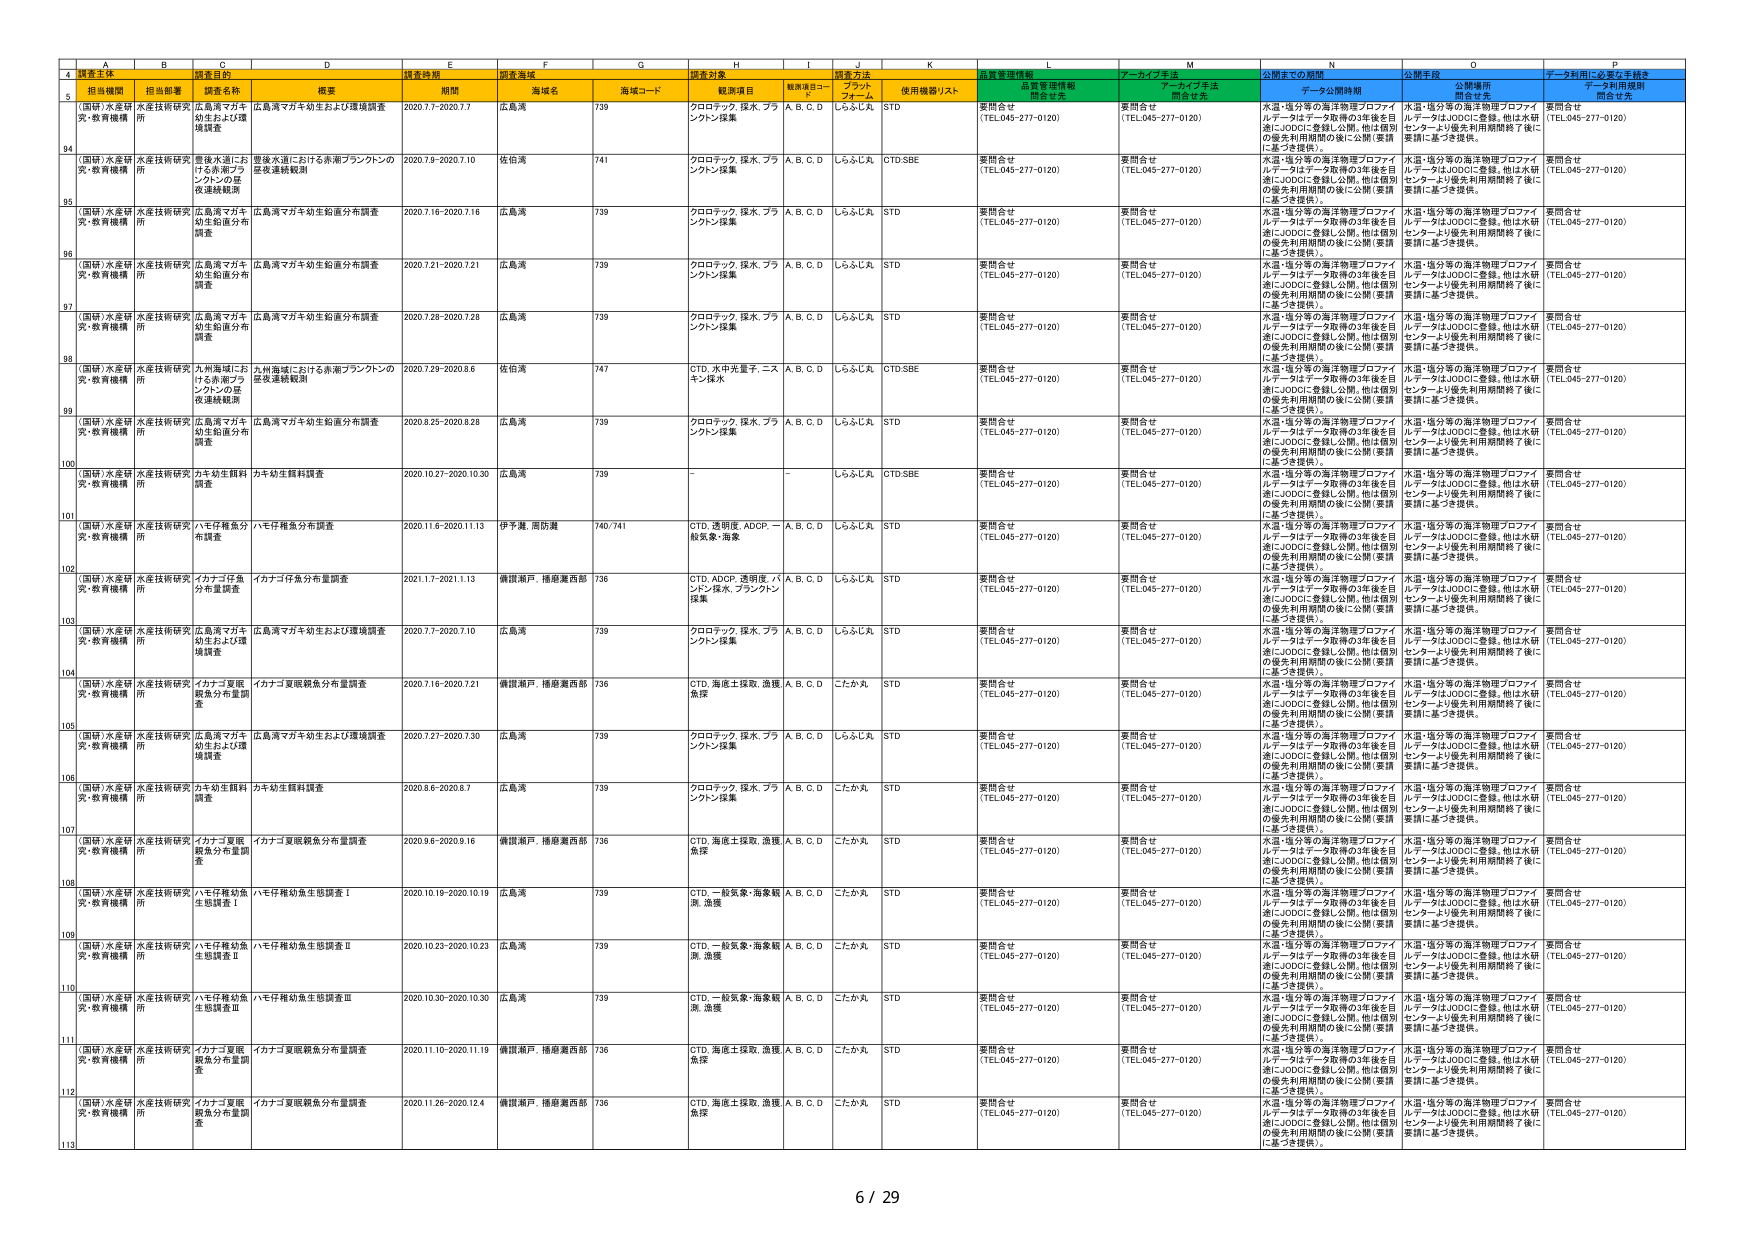
4 調査主体
5 担当機関 担当部署 調査名称 概要 調査期間 調査海域 海域名 海域コード 調査対象 観測項目 観測項目コード 調査方法 プラットフォーム 使用機器/リスト 品質管理情報開示有無 アーカイブ手法 アーカイブ手法開示有無 公開までの期間 公開手段 データ利用に必要な手続き
94 （国研）水産研 究・教育機構 水産技術研究所 広島湾マガキ 幼生および環境調査 広島湾マガキ幼生および環境調査 2020.7.7-2020.7.7 広島湾 739 クロロテック、採水、プラシントン採集 A、B、C、D しらふしんA STD 要問合せ （TEL.045-277-0120） 要問合せ （TEL.045-277-0120） 水温・塩分等の海洋物理プロファイ ルデータはデータ取得の3年後を目 指しJODCに登録し公開。他は個別 の優先利用期間の後に公開（要請 に基づき提供）。 水温・塩分等の海洋物理プロファイ ルデータはJODCに登録。他は水研 センターより優先利用期間終了後に 要請に基づき提供。 要問合せ （TEL.045-277-0120）
95 （国研）水産研 究・教育機構 水産技術研究所 里塩水道における赤潮プランクトンの 発生連続観測 里塩水道における赤潮プランクトンの 発生連続観測 2020.7.9-2020.7.10 佐伯湾 741 クロロテック、採水、プラシントン採集 A、B、C、D しらふしんA CTD.SBE 要問合せ （TEL.045-277-0120） 要問合せ （TEL.045-277-0120） 水温・塩分等の海洋物理プロファイ ルデータはデータ取得の3年後を目 指しJODCに登録し公開。他は個別 の優先利用期間の後に公開（要請 に基づき提供）。 水温・塩分等の海洋物理プロファイ ルデータはJODCに登録。他は水研 センターより優先利用期間終了後に 要請に基づき提供。 要問合せ （TEL.045-277-0120）
96 （国研）水産研 究・教育機構 水産技術研究所 広島湾マガキ 幼生鉛直分布 調査 広島湾マガキ幼生鉛直分布調査 2020.7.16-2020.7.16 広島湾 739 クロロテック、採水、プラシントン採集 A、B、C、D しらふしんA STD 要問合せ （TEL.045-277-0120） 要問合せ （TEL.045-277-0120） 水温・塩分等の海洋物理プロファイ ルデータはデータ取得の3年後を目 指しJODCに登録し公開。他は個別 の優先利用期間の後に公開（要請 に基づき提供）。 水温・塩分等の海洋物理プロファイ ルデータはJODCに登録。他は水研 センターより優先利用期間終了後に 要請に基づき提供。 要問合せ （TEL.045-277-0120）
97 （国研）水産研 究・教育機構 水産技術研究所 広島湾マガキ 幼生鉛直分布 調査 広島湾マガキ幼生鉛直分布調査 2020.7.21-2020.7.21 広島湾 739 クロロテック、採水、プラシントン採集 A、B、C、D しらふしんA STD 要問合せ （TEL.045-277-0120） 要問合せ （TEL.045-277-0120） 水温・塩分等の海洋物理プロファイ ルデータはデータ取得の3年後を目 指しJODCに登録し公開。他は個別 の優先利用期間の後に公開（要請 に基づき提供）。 水温・塩分等の海洋物理プロファイ ルデータはJODCに登録。他は水研 センターより優先利用期間終了後に 要請に基づき提供。 要問合せ （TEL.045-277-0120）
98 （国研）水産研 究・教育機構 水産技術研究所 広島湾マガキ 幼生鉛直分布 調査 広島湾マガキ幼生鉛直分布調査 2020.7.28-2020.7.28 広島湾 739 クロロテック、採水、プラシントン採集 A、B、C、D しらふしんA STD 要問合せ （TEL.045-277-0120） 要問合せ （TEL.045-277-0120） 水温・塩分等の海洋物理プロファイ ルデータはデータ取得の3年後を目 指しJODCに登録し公開。他は個別 の優先利用期間の後に公開（要請 に基づき提供）。 水温・塩分等の海洋物理プロファイ ルデータはJODCに登録。他は水研 センターより優先利用期間終了後に 要請に基づき提供。 要問合せ （TEL.045-277-0120）
99 （国研）水産研 究・教育機構 水産技術研究所 九州海域にお ける赤潮プラ ンクトンの発 生連続観測 九州海域における赤潮プランクトンの 発生連続観測 2020.7.29-2020.8.6 佐伯湾 747 CTD、水中光量子、ニス キ、採水 A、B、C、D しらふしんA CTD.SBE 要問合せ （TEL.045-277-0120） 要問合せ （TEL.045-277-0120） 水温・塩分等の海洋物理プロファイ ルデータはデータ取得の3年後を目 指しJODCに登録し公開。他は個別 の優先利用期間の後に公開（要請 に基づき提供）。 水温・塩分等の海洋物理プロファイ ルデータはJODCに登録。他は水研 センターより優先利用期間終了後に 要請に基づき提供。 要問合せ （TEL.045-277-0120）
100 （国研）水産研 究・教育機構 水産技術研究所 広島湾マガキ 幼生鉛直分布 調査 広島湾マガキ幼生鉛直分布調査 2020.8.25-2020.8.28 広島湾 739 クロロテック、採水、プラシントン採集 A、B、C、D しらふしんA STD 要問合せ （TEL.045-277-0120） 要問合せ （TEL.045-277-0120） 水温・塩分等の海洋物理プロファイ ルデータはデータ取得の3年後を目 指しJODCに登録し公開。他は個別 の優先利用期間の後に公開（要請 に基づき提供）。 水温・塩分等の海洋物理プロファイ ルデータはJODCに登録。他は水研 センターより優先利用期間終了後に 要請に基づき提供。 要問合せ （TEL.045-277-0120）
101 （国研）水産研 究・教育機構 水産技術研究所 カキ幼生餌料 調査 カキ幼生餌料調査 2020.10.27-2020.10.30 広島湾 739 - - しらふしんA CTD.SBE 要問合せ （TEL.045-277-0120） 要問合せ （TEL.045-277-0120） 水温・塩分等の海洋物理プロファイ ルデータはデータ取得の3年後を目 指しJODCに登録し公開。他は個別 の優先利用期間の後に公開（要請 に基づき提供）。 水温・塩分等の海洋物理プロファイ ルデータはJODCに登録。他は水研 センターより優先利用期間終了後に 要請に基づき提供。 要問合せ （TEL.045-277-0120）
102 （国研）水産研 究・教育機構 水産技術研究所 ハマギ桜魚分 布調査 ハマギ桜魚分布調査 2020.11.6-2020.11.13 伊予灘、周防灘 740/741 CTD、透明度、ADCP、一 般気象、海象 A、B、C、D しらふしんA STD 要問合せ （TEL.045-277-0120） 要問合せ （TEL.045-277-0120） 水温・塩分等の海洋物理プロファイ ルデータはデータ取得の3年後を目 指しJODCに登録し公開。他は個別 の優先利用期間の後に公開（要請 に基づき提供）。 水温・塩分等の海洋物理プロファイ ルデータはJODCに登録。他は水研 センターより優先利用期間終了後に 要請に基づき提供。 要問合せ （TEL.045-277-0120）
103 （国研）水産研 究・教育機構 水産技術研究所 イカナゴ仔魚 分布量調査 イカナゴ仔魚分布量調査 2021.1.7-2021.1.13 備讃瀬戸、播磨灘西部 736 CTD、ADCP、透明度、パ ンツ採水、プラシントン 採集 A、B、C、D しらふしんA STD 要問合せ （TEL.045-277-0120） 要問合せ （TEL.045-277-0120） 水温・塩分等の海洋物理プロファイ ルデータはデータ取得の3年後を目 指しJODCに登録し公開。他は個別 の優先利用期間の後に公開（要請 に基づき提供）。 水温・塩分等の海洋物理プロファイ ルデータはJODCに登録。他は水研 センターより優先利用期間終了後に 要請に基づき提供。 要問合せ （TEL.045-277-0120）
104 （国研）水産研 究・教育機構 水産技術研究所 広島湾マガキ 幼生および環境調査 広島湾マガキ幼生および環境調査 2020.7.7-2020.7.10 広島湾 739 クロロテック、採水、プラシントン採集 A、B、C、D しらふしんA STD 要問合せ （TEL.045-277-0120） 要問合せ （TEL.045-277-0120） 水温・塩分等の海洋物理プロファイ ルデータはデータ取得の3年後を目 指しJODCに登録し公開。他は個別 の優先利用期間の後に公開（要請 に基づき提供）。 水温・塩分等の海洋物理プロファイ ルデータはJODCに登録。他は水研 センターより優先利用期間終了後に 要請に基づき提供。 要問合せ （TEL.045-277-0120）
105 （国研）水産研 究・教育機構 水産技術研究所 イカナゴ夏眠 餌魚分布量調 査 イカナゴ夏眠餌魚分布量調査 2020.7.16-2020.7.21 備讃瀬戸、播磨灘西部 736 CTD、海底土採取、漁獲、 魚探 A、B、C、D こたか丸 STD 要問合せ （TEL.045-277-0120） 要問合せ （TEL.045-277-0120） 水温・塩分等の海洋物理プロファイ ルデータはデータ取得の3年後を目 指しJODCに登録し公開。他は個別 の優先利用期間の後に公開（要請 に基づき提供）。 水温・塩分等の海洋物理プロファイ ルデータはJODCに登録。他は水研 センターより優先利用期間終了後に 要請に基づき提供。 要問合せ （TEL.045-277-0120）
106 （国研）水産研 究・教育機構 水産技術研究所 広島湾マガキ 幼生および環境調査 広島湾マガキ幼生および環境調査 2020.7.27-2020.7.30 広島湾 739 クロロテック、採水、プラシントン採集 A、B、C、D しらふしんA STD 要問合せ （TEL.045-277-0120） 要問合せ （TEL.045-277-0120） 水温・塩分等の海洋物理プロファイ ルデータはデータ取得の3年後を目 指しJODCに登録し公開。他は個別 の優先利用期間の後に公開（要請 に基づき提供）。 水温・塩分等の海洋物理プロファイ ルデータはJODCに登録。他は水研 センターより優先利用期間終了後に 要請に基づき提供。 要問合せ （TEL.045-277-0120）
107 （国研）水産研 究・教育機構 水産技術研究所 カキ幼生餌料 調査 カキ幼生餌料調査 2020.8.6-2020.8.7 広島湾 739 クロロテック、採水、プラシントン採集 A、B、C、D こたか丸 STD 要問合せ （TEL.045-277-0120） 要問合せ （TEL.045-277-0120） 水温・塩分等の海洋物理プロファイ ルデータはデータ取得の3年後を目 指しJODCに登録し公開。他は個別 の優先利用期間の後に公開（要請 に基づき提供）。 水温・塩分等の海洋物理プロファイ ルデータはJODCに登録。他は水研 センターより優先利用期間終了後に 要請に基づき提供。 要問合せ （TEL.045-277-0120）
108 （国研）水産研 究・教育機構 水産技術研究所 イカナゴ夏眠 餌魚分布量調 査 イカナゴ夏眠餌魚分布量調査 2020.9.6-2020.9.16 備讃瀬戸、播磨灘西部 736 CTD、海底土採取、漁獲、 魚探 A、B、C、D こたか丸 STD 要問合せ （TEL.045-277-0120） 要問合せ （TEL.045-277-0120） 水温・塩分等の海洋物理プロファイ ルデータはデータ取得の3年後を目 指しJODCに登録し公開。他は個別 の優先利用期間の後に公開（要請 に基づき提供）。 水温・塩分等の海洋物理プロファイ ルデータはJODCに登録。他は水研 センターより優先利用期間終了後に 要請に基づき提供。 要問合せ （TEL.045-277-0120）
109 （国研）水産研 究・教育機構 水産技術研究所 ハマギ桜幼魚 生態調査Ⅰ ハマギ桜幼魚生態調査Ⅰ 2020.10.19-2020.10.19 広島湾 739 CTD、一般気象、海象観 測、漁獲 A、B、C、D こたか丸 STD 要問合せ （TEL.045-277-0120） 要問合せ （TEL.045-277-0120） 水温・塩分等の海洋物理プロファイ ルデータはデータ取得の3年後を目 指しJODCに登録し公開。他は個別 の優先利用期間の後に公開（要請 に基づき提供）。 水温・塩分等の海洋物理プロファイ ルデータはJODCに登録。他は水研 センターより優先利用期間終了後に 要請に基づき提供。 要問合せ （TEL.045-277-0120）
110 （国研）水産研 究・教育機構 水産技術研究所 ハマギ桜幼魚 生態調査Ⅱ ハマギ桜幼魚生態調査Ⅱ 2020.10.23-2020.10.23 広島湾 739 CTD、一般気象、海象観 測、漁獲 A、B、C、D こたか丸 STD 要問合せ （TEL.045-277-0120） 要問合せ （TEL.045-277-0120） 水温・塩分等の海洋物理プロファイ ルデータはデータ取得の3年後を目 指しJODCに登録し公開。他は個別 の優先利用期間の後に公開（要請 に基づき提供）。 水温・塩分等の海洋物理プロファイ ルデータはJODCに登録。他は水研 センターより優先利用期間終了後に 要請に基づき提供。 要問合せ （TEL.045-277-0120）
111 （国研）水産研 究・教育機構 水産技術研究所 ハマギ桜幼魚 生態調査Ⅲ ハマギ桜幼魚生態調査Ⅲ 2020.10.30-2020.10.30 広島湾 739 CTD、一般気象、海象観 測、漁獲 A、B、C、D こたか丸 STD 要問合せ （TEL.045-277-0120） 要問合せ （TEL.045-277-0120） 水温・塩分等の海洋物理プロファイ ルデータはデータ取得の3年後を目 指しJODCに登録し公開。他は個別 の優先利用期間の後に公開（要請 に基づき提供）。 水温・塩分等の海洋物理プロファイ ルデータはJODCに登録。他は水研 センターより優先利用期間終了後に 要請に基づき提供。 要問合せ （TEL.045-277-0120）
112 （国研）水産研 究・教育機構 水産技術研究所 イカナゴ夏眠 餌魚分布量調 査 イカナゴ夏眠餌魚分布量調査 2020.11.10-2020.11.19 備讃瀬戸、播磨灘西部 736 CTD、海底土採取、漁獲、 魚探 A、B、C、D こたか丸 STD 要問合せ （TEL.045-277-0120） 要問合せ （TEL.045-277-0120） 水温・塩分等の海洋物理プロファイ ルデータはデータ取得の3年後を目 指しJODCに登録し公開。他は個別 の優先利用期間の後に公開（要請 に基づき提供）。 水温・塩分等の海洋物理プロファイ ルデータはJODCに登録。他は水研 センターより優先利用期間終了後に 要請に基づき提供。 要問合せ （TEL.045-277-0120）
113 （国研）水産研 究・教育機構 水産技術研究所 イカナゴ夏眠 餌魚分布量調 査 イカナゴ夏眠餌魚分布量調査 2020.11.26-2020.12.4 備讃瀬戸、播磨灘西部 736 CTD、海底土採取、漁獲、 魚探 A、B、C、D こたか丸 STD 要問合せ （TEL.045-277-0120） 要問合せ （TEL.045-277-0120） 水温・塩分等の海洋物理プロファイ ルデータはデータ取得の3年後を目 指しJODCに登録し公開。他は個別 の優先利用期間の後に公開（要請 に基づき提供）。 水温・塩分等の海洋物理プロファイ ルデータはJODCに登録。他は水研 センターより優先利用期間終了後に 要請に基づき提供。 要問合せ （TEL.045-277-0120）
6 / 29